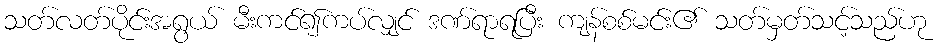
သတ်လတ်ပိုင်းအရွယ် မီးကင်၍ကပ်လျှင် ဒဏ်ရာရပြီး ကျန်စစ်မင်း၏ သတ်မှတ်သင့်သည်ဟု